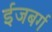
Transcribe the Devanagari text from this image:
ईजबर्ग